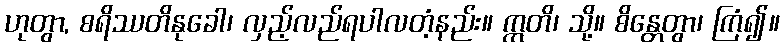
ဟုတွာ, စရိဿတိနုခေါ၊ လှည့်လည်ရပါလတံ့နည်း။ ဣတိ၊ သို့။ စိန္တေတွာ၊ ကြံ၍။